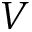
V